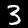
Digit: 3